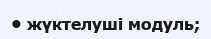
• жүктелуші модуль;